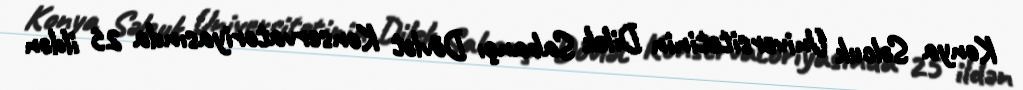
Konya Səlcuk Universitetinin Dilek Sabançı Dövlət Konservatoriyasında 25 ildən